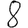
Digit: 8